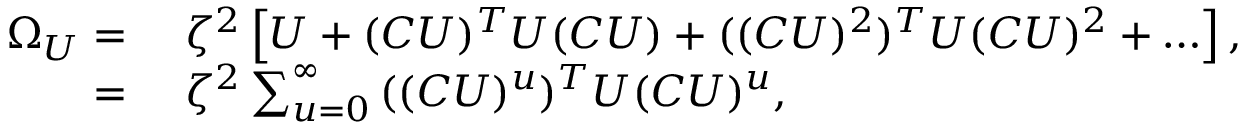
\begin{array} { r l } { \Omega _ { U } = } & { { } \ \zeta ^ { 2 } \left[ U + ( C U ) ^ { T } U ( C U ) + ( ( C U ) ^ { 2 } ) ^ { T } U ( C U ) ^ { 2 } + \ldots \right] , } \\ { = } & { { } \ \zeta ^ { 2 } \sum _ { u = 0 } ^ { \infty } { ( ( C U ) ^ { u } ) ^ { T } U ( C U ) ^ { u } } , } \end{array}